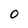
Character: 0